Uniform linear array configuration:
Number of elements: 24
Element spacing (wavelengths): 0.25
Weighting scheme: uniform
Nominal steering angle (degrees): -30
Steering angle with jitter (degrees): -31.237
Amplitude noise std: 0.05
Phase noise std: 0.05

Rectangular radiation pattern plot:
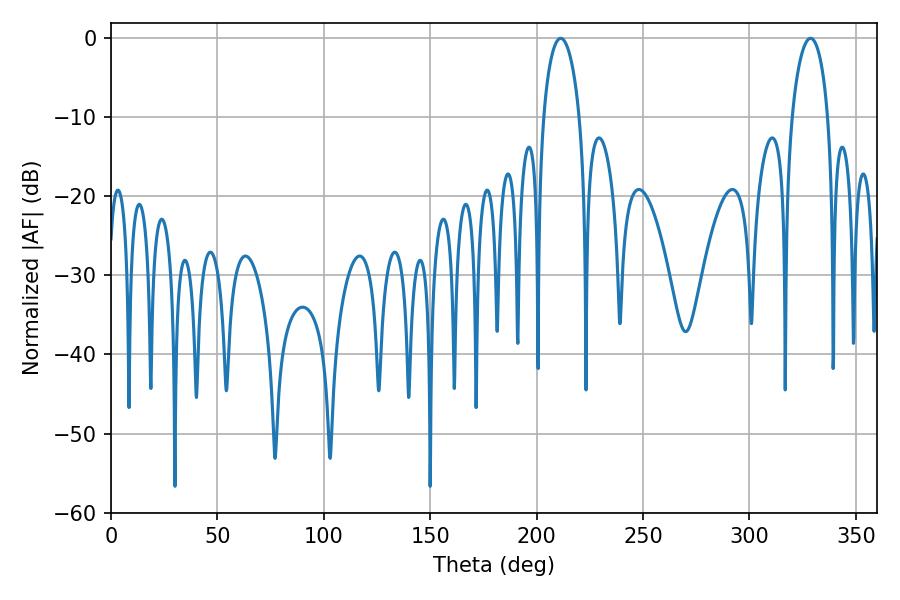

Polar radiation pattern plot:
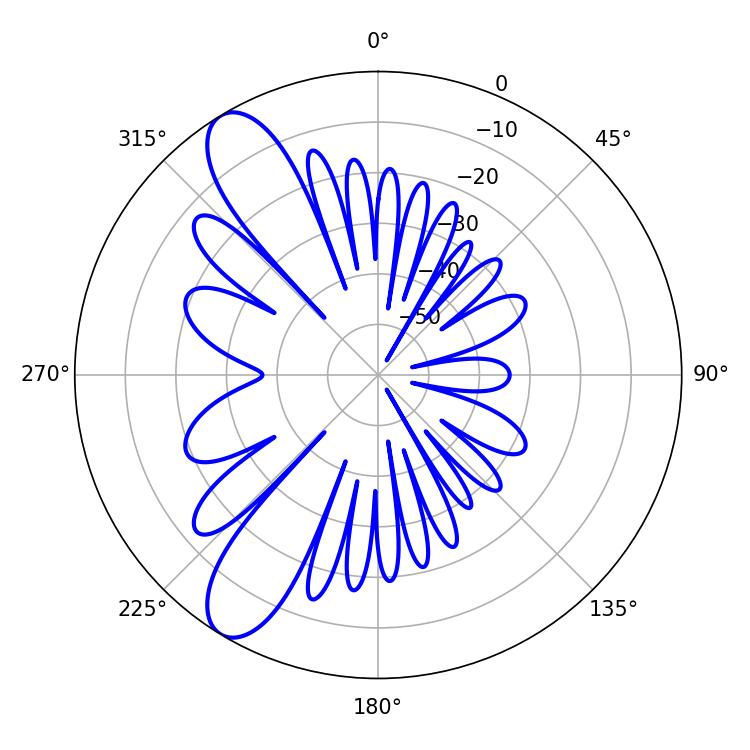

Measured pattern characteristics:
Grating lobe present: FALSE
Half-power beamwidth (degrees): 9.72
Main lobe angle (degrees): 211.32